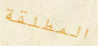
المطلقة